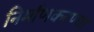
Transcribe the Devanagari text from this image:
निर्माणकरण्या